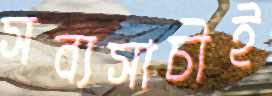
সব্যসাচীই